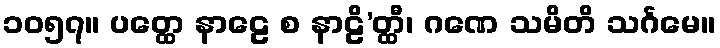
၁၀၅၇။ ပတ္ထေ နာဠေ စ နာဠိ’တ္ထီ၊ ဂဏေ သမိတိ သင်္ဂမေ။